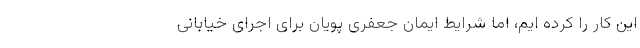
این کار را کرده ایم، اما شرایط ایمان جعفری پویان برای اجرای خیابانی